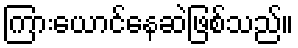
ကြားယောင်နေဆဲဖြစ်သည်။